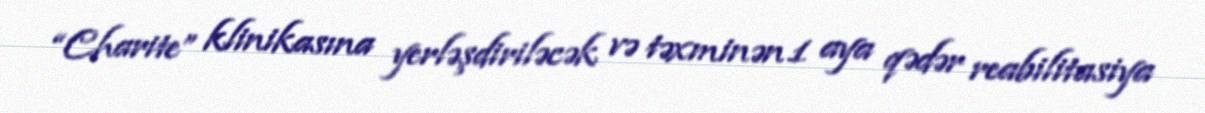
“Charite” klinikasına yerləşdiriləcək və təxminən 1 aya qədər reabilitasiya